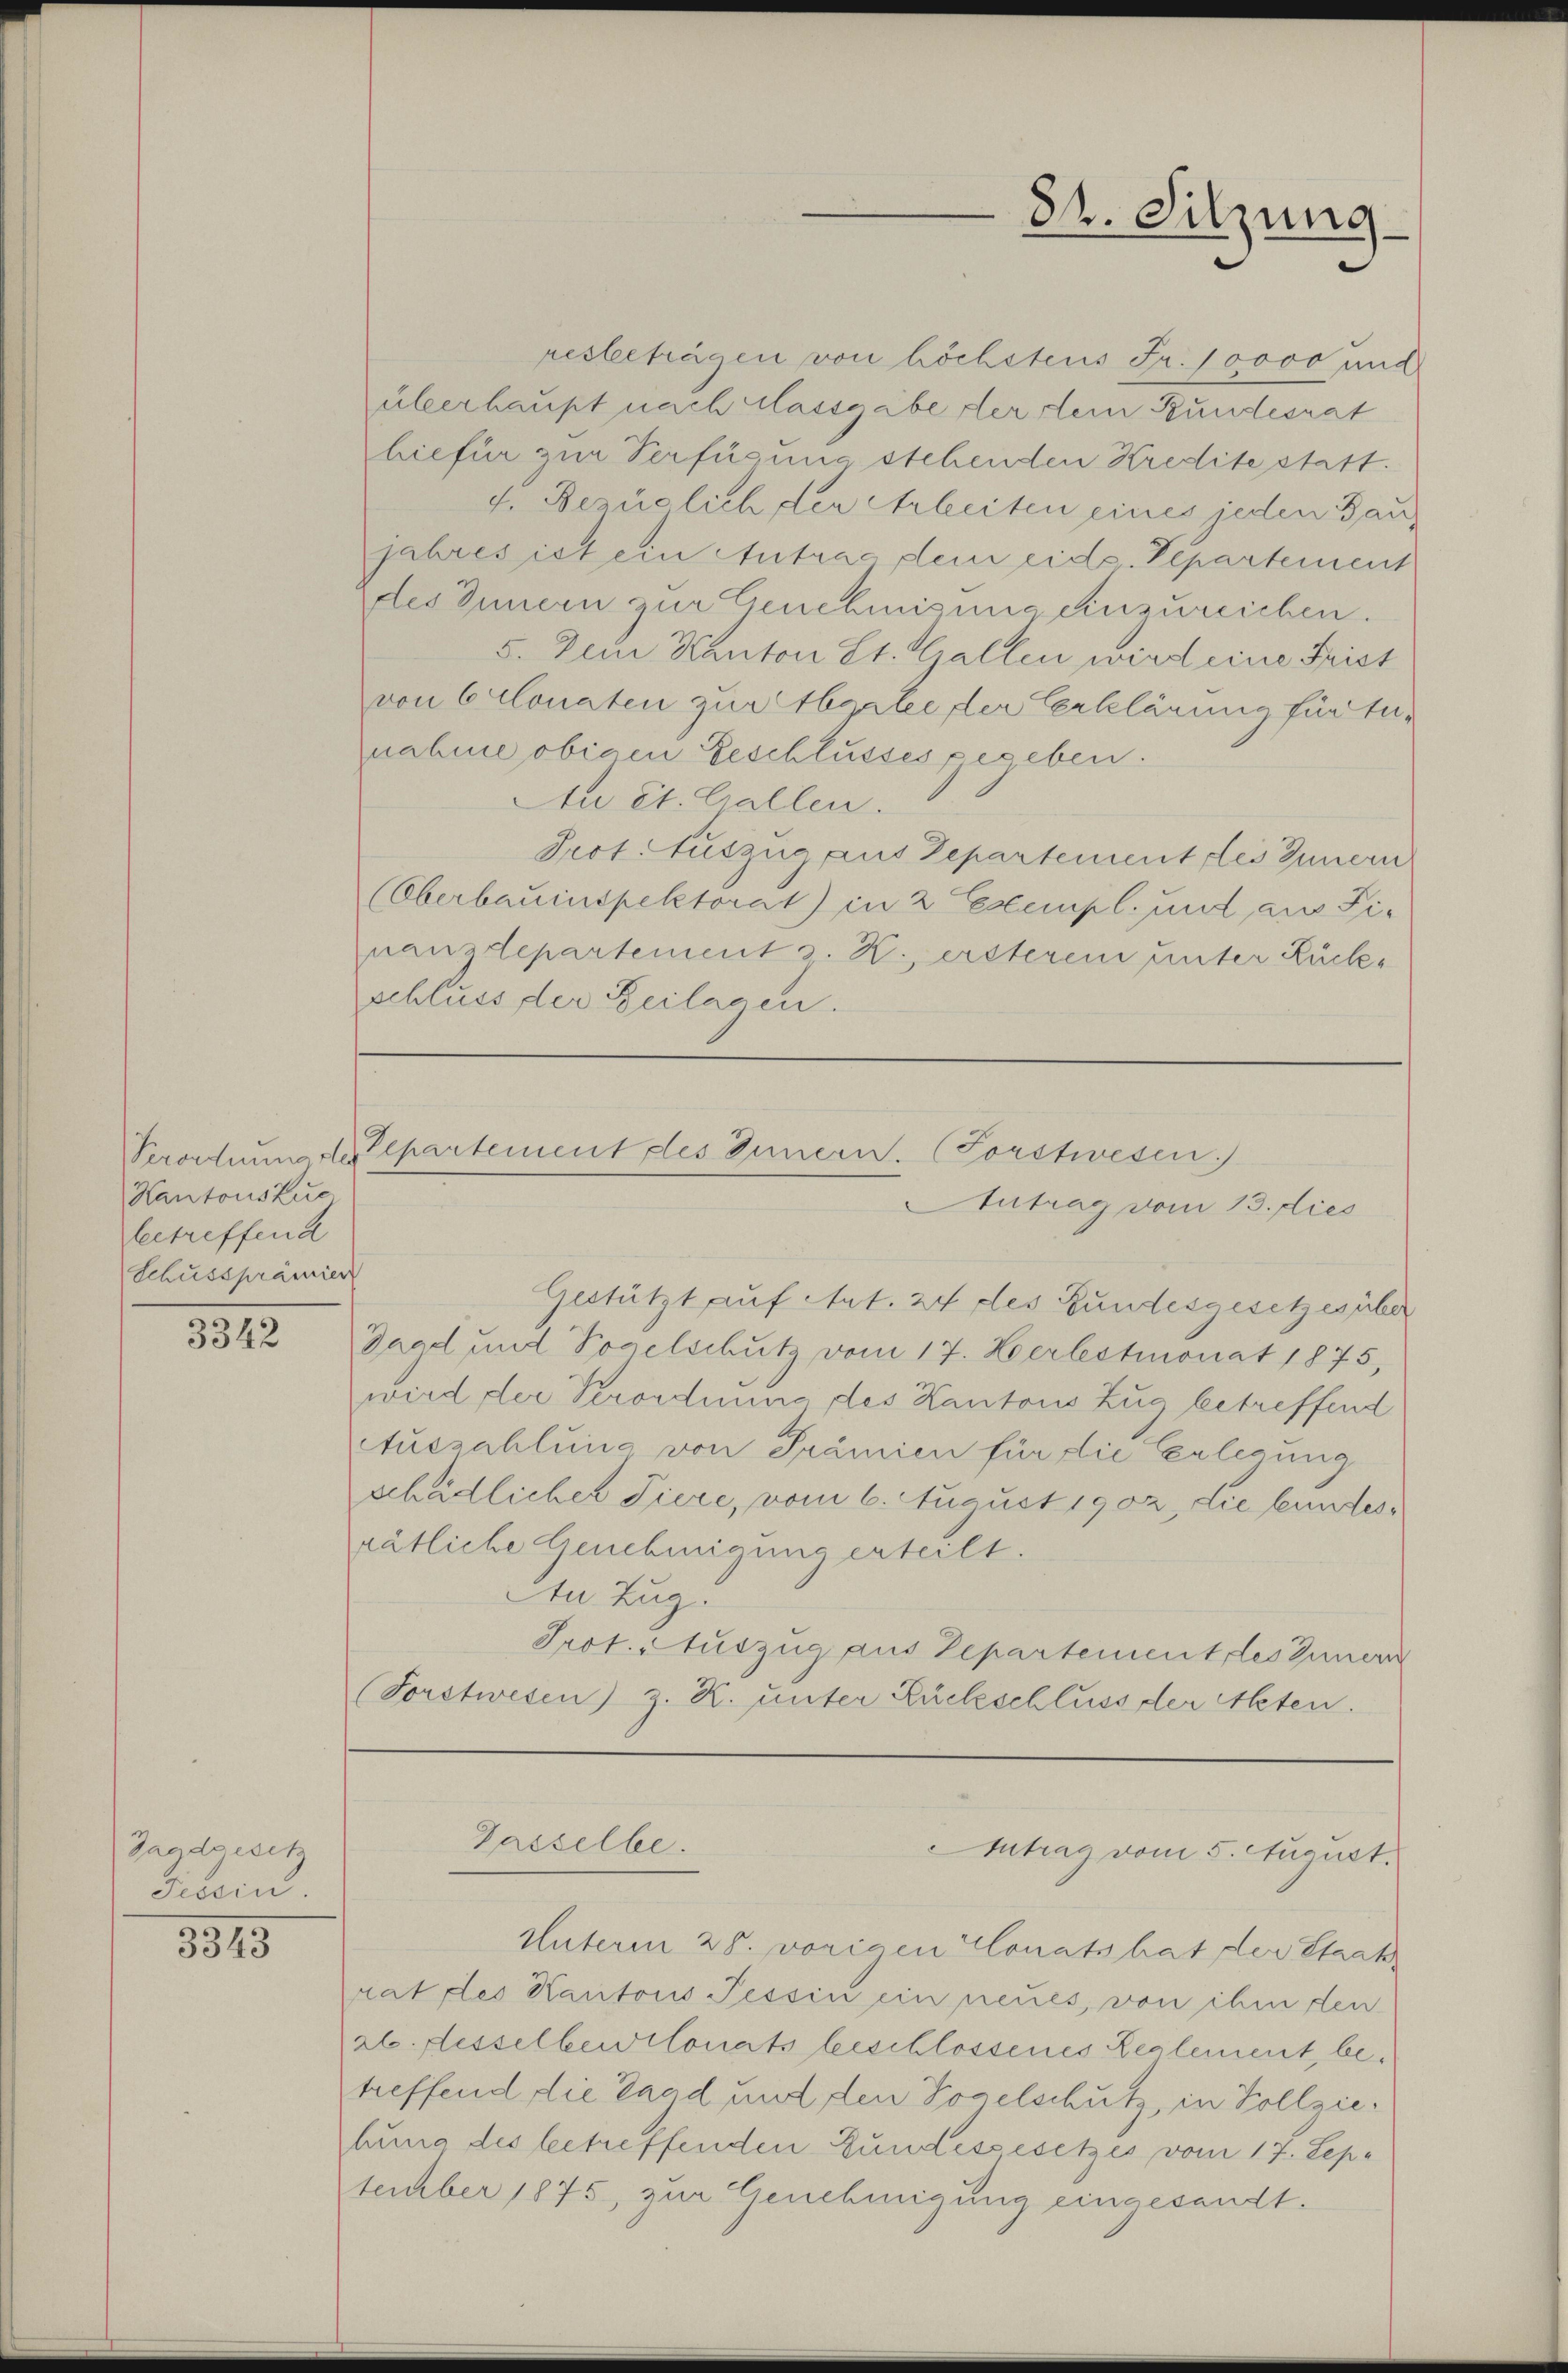
Perordnung ste
Kantonskuc
betreffend
Schussprämier

3342

Jagdgesetz
Tessin.

3345

hiefür zur Verfügung stehenden Kredite statt.
f. Bezüglich der Arbeiten eines jeden Bau,
jahres ist ein Antrag dem eide Departement
des Innern zur Genehmigung einzureichen.
5. Dem Kanton St. Gallen wird eine Frist
von 6 Monaten zur Abgalee der Verklärung für tunahme obigen Geschlusses gegeben.
An St. Gallen.
Prot. Auszug aus Departement des Innern
(Oberbauinspektorat) in 2 Exempl. und aus Sie
nanzdepartement z. K. ersteren unter Rücks
schluss der Beilagen.

84. Sitzung.

resbeträgen von höchstens Fr. 10000 und
überhaupt nach Massgabe der dem Bundesrat

Eepartement des Innern. (Forstwesen.
Antrag vom 13. dies

Gestützt auf Art. 24 des Bundesgesetzes über
Tagd und Vogelschutz vom 17. Herbstmonat 1875,
wird der Verordnung des Kantons Zug betreffend
Auszahlung von Prämien für die Erlegung
schädlicher Tiere, vom 6. August 1902, die bundesrätliche Genehmigung erteilt.
Den Zug.
Prot. Auszug aus Departement des Innern
(Vorstwesen) z. Z. unter Rückschluss der Akten.

Gasselbe.

Antrag vom 5. August.

Unterm 28. vorigen Monats hat der Staat
rat des Kantons Tessin ein neues, von ihm den
26. desselbertlonats beschlossenes Reglement, betreffend die Tagd und den Vogelschutz, in Vollziehung des betreffenden Gundessesetzes vom 17. Sep.
tember 1875, zur Genehmigung eingesandt.